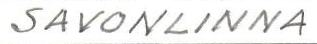
SAVONLINNA